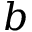
b